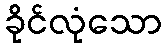
ခိုင်လုံသော